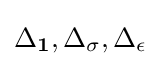
\Delta _{\mathbf {1} },\Delta _{\sigma },\Delta _{\epsilon }